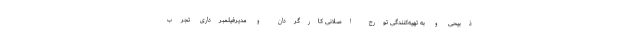
ذبیحی و به تهیه‌کنندگی تورج اصلانی کارگردان و مدیرفیلمبرداری تجرب